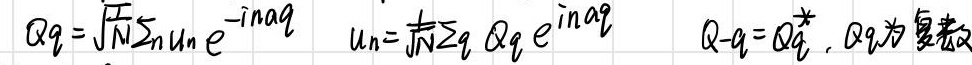
$Q_q=\sqrt{\frac{1}{N}}\sum_nu_ne^{-in\alphaq}\quadu_n=\frac{1}{\sqrt{N}}\sum_qQ_qe^{in\alphaq}\quadQ_{-q}=Q_q^*$,其中Q_q为复数